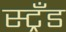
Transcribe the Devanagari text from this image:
स्ट्रँड